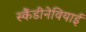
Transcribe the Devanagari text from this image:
स्कैंडीनेवियाई